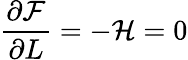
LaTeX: {\frac{\partial{\cal{F}}}{\partial L}}=-{\cal{H}}=0